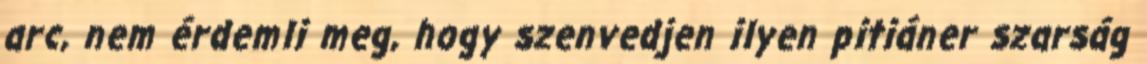
arc, nem érdemli meg, hogy szenvedjen ilyen pitiáner szarság